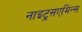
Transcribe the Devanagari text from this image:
नाइट्रसएमिन्स